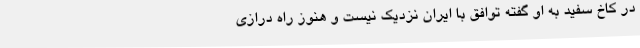
در کاخ سفید به او گفته توافق با ایران نزدیک نیست و هنوز راه درازی